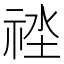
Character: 𥙲